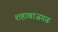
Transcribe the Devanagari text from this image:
शहाबाजगढ